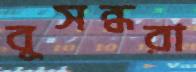
বুসন্ধরা